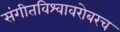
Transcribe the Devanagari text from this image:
संगीतविश्वावरोबरच